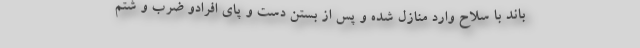
باند با سلاح وارد منازل شده و پس از بستن دست و پای افرادو ضرب و شتم